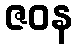
ဇဝန